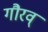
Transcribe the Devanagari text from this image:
गौरव्